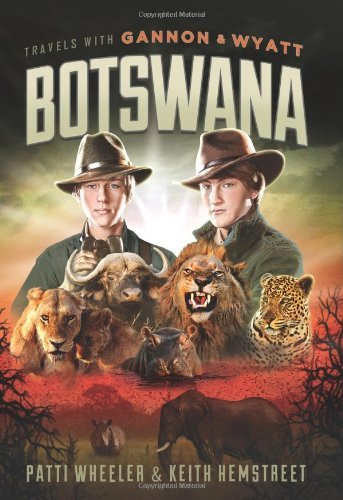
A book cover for Travels with Gannon and Wyatt: Botswana (Travels With Gannon & Wyatt); Travel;